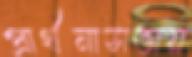
প্রার্থনাসভায়